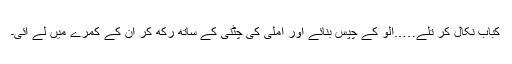
کباب نکال کر تلے…..آلو کے چپس بنائے اور املی کی چٹنی کے ساتھ رکھ کر ان کے کمرے میں لے آئی۔